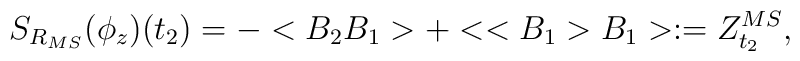
S_{R_{MS}}(\phi_z)(t_2)=-<B_2B_1>+<<B_1>B_1>:=Z^{MS}_{t_2},